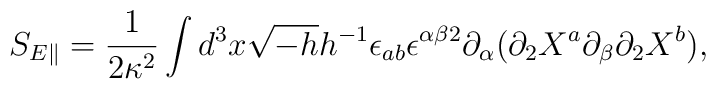
S_{E \parallel}=\frac{1}{2\kappa ^{2}}\int d^{3}x\sqrt{-h}h^{-1}\epsilon  _{ab}\epsilon ^{\alpha \beta 2}\partial _{\alpha }(\partial _{2}X^{a}\partial _{\beta}\partial _{2}X^{b}),